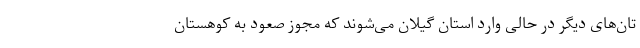
تان‌های دیگر در حالی وارد استان گیلان می‌شوند که مجوز صعود به کوهستان